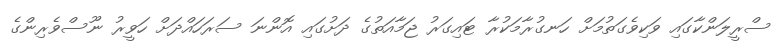
ސްރީލަންކާގައި ވަކިވެގަތުމަށް ހަނގުރާމަކުރާ ޓައިގަރު ޖަމާއަތުގެ ދަށުގައި އޮންނަ ސަރަހައްދަށް ހަވީރު ނޫސްވެރިންގެ